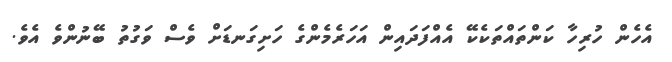
އެހެން ހުރިހާ ކަންތައްތަކެކޭ އެއްފަދައިން އަހަރެމެންގެ ހަށިގަނޑަށް ވެސް ވަގުތު ބޭނުންވެ އެވެ.